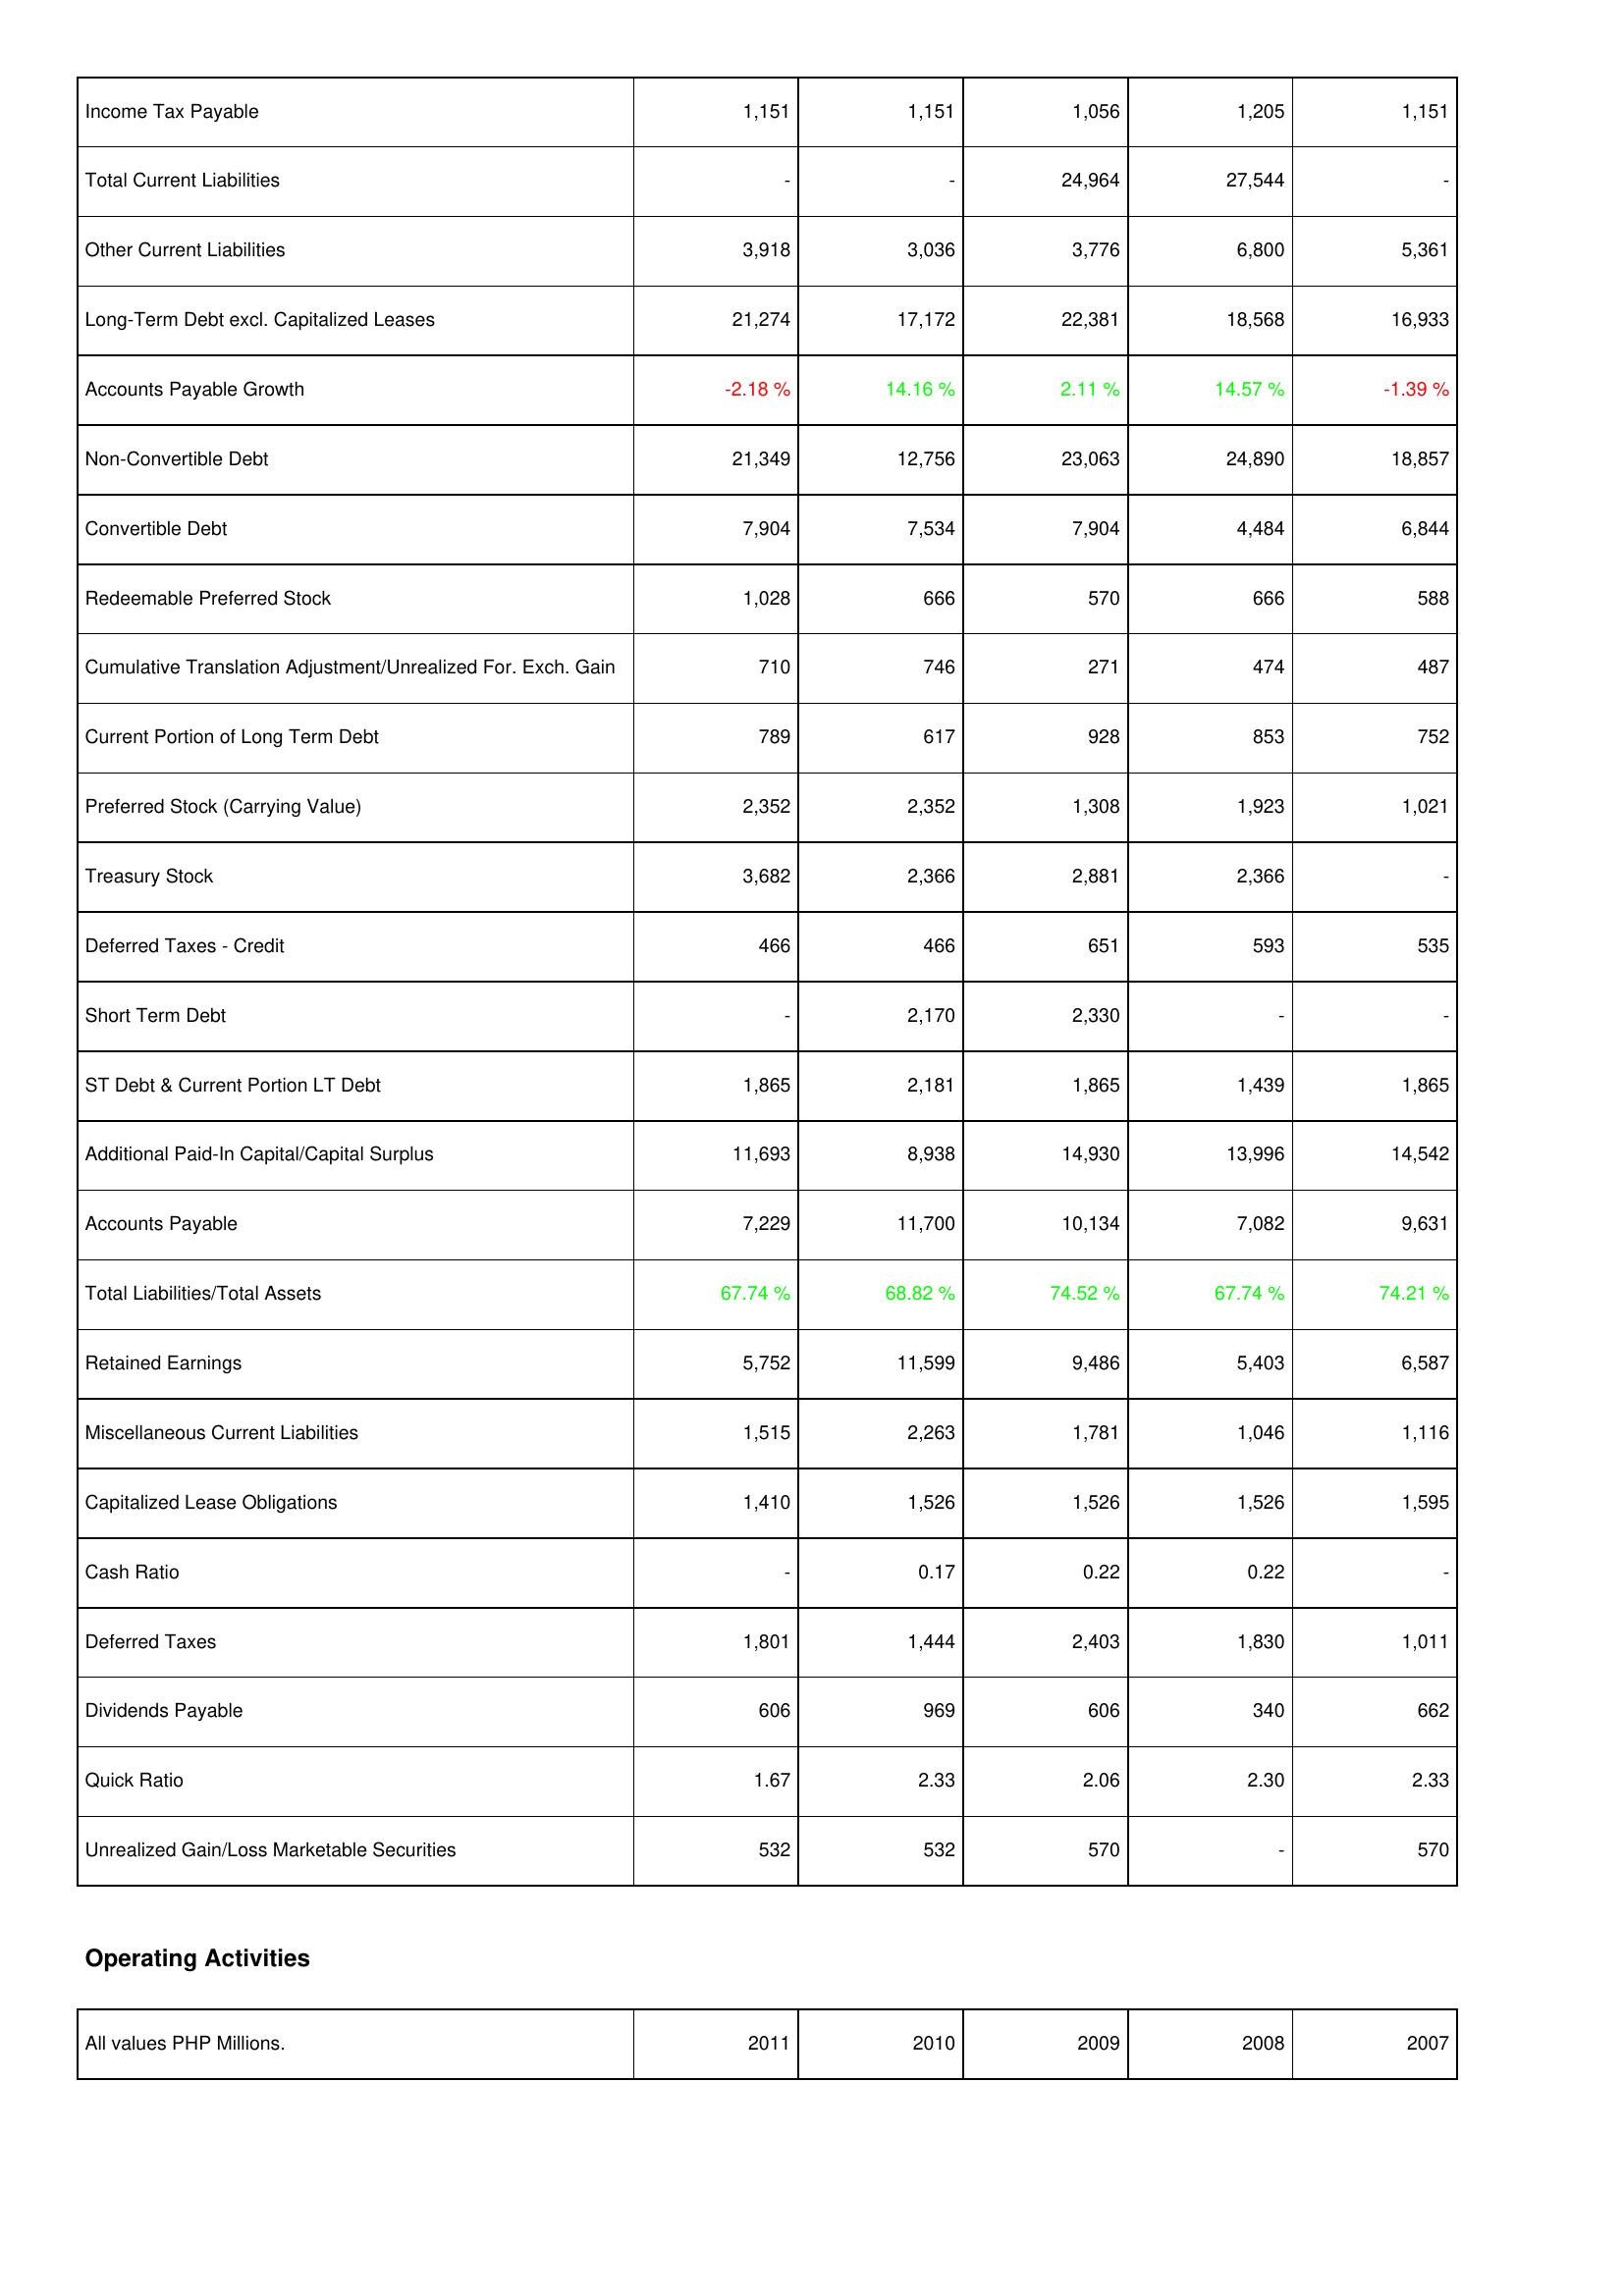
2011: Liabilities & Shareholders' Equity: Income Tax Payable: 1,151
Total Current Liabilities: -
Other Current Liabilities: 3,918
Long-Term Debt excl. Capitalized Leases: 21,274
Accounts Payable Growth: -2.18 %
Non-Convertible Debt: 21,349
Convertible Debt: 7,904
Redeemable Preferred Stock: 1,028
Cumulative Translation Adjustment/Unrealized For. Exch. Gain: 710
Current Portion of Long Term Debt: 789
Preferred Stock (Carrying Value): 2,352
Treasury Stock: 3,682
Deferred Taxes - Credit: 466
Short Term Debt: -
ST Debt & Current Portion LT Debt: 1,865
Additional Paid-In Capital/Capital Surplus: 11,693
Accounts Payable: 7,229
Total Liabilities/Total Assets: 67.74 %
Retained Earnings: 5,752
Miscellaneous Current Liabilities: 1,515
Capitalized Lease Obligations: 1,410
Cash Ratio: -
Deferred Taxes: 1,801
Dividends Payable: 606
Quick Ratio: 1.67
Unrealized Gain/Loss Marketable Securities: 532
2010: Liabilities & Shareholders' Equity: Income Tax Payable: 1,151
Total Current Liabilities: -
Other Current Liabilities: 3,036
Long-Term Debt excl. Capitalized Leases: 17,172
Accounts Payable Growth: 14.16 %
Non-Convertible Debt: 12,756
Convertible Debt: 7,534
Redeemable Preferred Stock: 666
Cumulative Translation Adjustment/Unrealized For. Exch. Gain: 746
Current Portion of Long Term Debt: 617
Preferred Stock (Carrying Value): 2,352
Treasury Stock: 2,366
Deferred Taxes - Credit: 466
Short Term Debt: 2,170
ST Debt & Current Portion LT Debt: 2,181
Additional Paid-In Capital/Capital Surplus: 8,938
Accounts Payable: 11,700
Total Liabilities/Total Assets: 68.82 %
Retained Earnings: 11,599
Miscellaneous Current Liabilities: 2,263
Capitalized Lease Obligations: 1,526
Cash Ratio: 0.17
Deferred Taxes: 1,444
Dividends Payable: 969
Quick Ratio: 2.33
Unrealized Gain/Loss Marketable Securities: 532
2009: Liabilities & Shareholders' Equity: Income Tax Payable: 1,056
Total Current Liabilities: 24,964
Other Current Liabilities: 3,776
Long-Term Debt excl. Capitalized Leases: 22,381
Accounts Payable Growth: 2.11 %
Non-Convertible Debt: 23,063
Convertible Debt: 7,904
Redeemable Preferred Stock: 570
Cumulative Translation Adjustment/Unrealized For. Exch. Gain: 271
Current Portion of Long Term Debt: 928
Preferred Stock (Carrying Value): 1,308
Treasury Stock: 2,881
Deferred Taxes - Credit: 651
Short Term Debt: 2,330
ST Debt & Current Portion LT Debt: 1,865
Additional Paid-In Capital/Capital Surplus: 14,930
Accounts Payable: 10,134
Total Liabilities/Total Assets: 74.52 %
Retained Earnings: 9,486
Miscellaneous Current Liabilities: 1,781
Capitalized Lease Obligations: 1,526
Cash Ratio: 0.22
Deferred Taxes: 2,403
Dividends Payable: 606
Quick Ratio: 2.06
Unrealized Gain/Loss Marketable Securities: 570
2008: Liabilities & Shareholders' Equity: Income Tax Payable: 1,205
Total Current Liabilities: 27,544
Other Current Liabilities: 6,800
Long-Term Debt excl. Capitalized Leases: 18,568
Accounts Payable Growth: 14.57 %
Non-Convertible Debt: 24,890
Convertible Debt: 4,484
Redeemable Preferred Stock: 666
Cumulative Translation Adjustment/Unrealized For. Exch. Gain: 474
Current Portion of Long Term Debt: 853
Preferred Stock (Carrying Value): 1,923
Treasury Stock: 2,366
Deferred Taxes - Credit: 593
Short Term Debt: -
ST Debt & Current Portion LT Debt: 1,439
Additional Paid-In Capital/Capital Surplus: 13,996
Accounts Payable: 7,082
Total Liabilities/Total Assets: 67.74 %
Retained Earnings: 5,403
Miscellaneous Current Liabilities: 1,046
Capitalized Lease Obligations: 1,526
Cash Ratio: 0.22
Deferred Taxes: 1,830
Dividends Payable: 340
Quick Ratio: 2.30
Unrealized Gain/Loss Marketable Securities: -
2007: Liabilities & Shareholders' Equity: Income Tax Payable: 1,151
Total Current Liabilities: -
Other Current Liabilities: 5,361
Long-Term Debt excl. Capitalized Leases: 16,933
Accounts Payable Growth: -1.39 %
Non-Convertible Debt: 18,857
Convertible Debt: 6,844
Redeemable Preferred Stock: 588
Cumulative Translation Adjustment/Unrealized For. Exch. Gain: 487
Current Portion of Long Term Debt: 752
Preferred Stock (Carrying Value): 1,021
Treasury Stock: -
Deferred Taxes - Credit: 535
Short Term Debt: -
ST Debt & Current Portion LT Debt: 1,865
Additional Paid-In Capital/Capital Surplus: 14,542
Accounts Payable: 9,631
Total Liabilities/Total Assets: 74.21 %
Retained Earnings: 6,587
Miscellaneous Current Liabilities: 1,116
Capitalized Lease Obligations: 1,595
Cash Ratio: -
Deferred Taxes: 1,011
Dividends Payable: 662
Quick Ratio: 2.33
Unrealized Gain/Loss Marketable Securities: 570